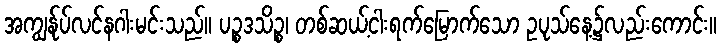
အကျွန်ုပ်လင်နဂါးမင်းသည်။ ပဉ္စဒသိဉ္စ၊ တစ်ဆယ့်ငါးရက်မြောက်သော ဥပုသ်နေ့၌လည်းကောင်း။